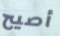
أصيح